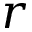
r